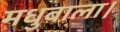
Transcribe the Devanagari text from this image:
मधुबाला।